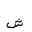
Letter: _shin